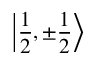
\left| { \frac { 1 } { 2 } } , \pm { \frac { 1 } { 2 } } \right\rangle